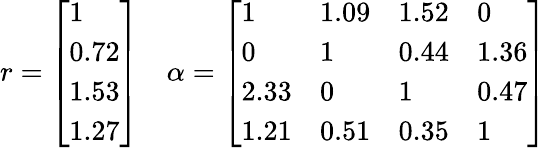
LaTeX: r={\left[\begin{array}{l}{1}\\ {0.72}\\ {1.53}\\ {1.27}\end{array}\right]}\quad\alpha={\left[\begin{array}{llll}{1}&{1.09}&{1.52}&{0}\\ {0}&{1}&{0.44}&{1.36}\\ {2.33}&{0}&{1}&{0.47}\\ {1.21}&{0.51}&{0.35}&{1}\end{array}\right]}